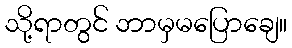
သို့ရာတွင် ဘာမှမပြောချေ။